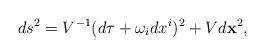
LaTeX: \begin{align*}ds^2= V^{-1} (d\tau + \omega_i dx^i)^2 + V d{\bf x}^2,\end{align*}